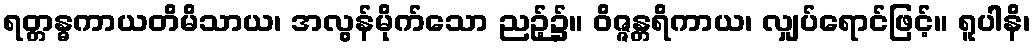
ရတ္တန္ဓကာယတိမိသာယ၊ အလွန်မိုက်သော ညဉ့်၌။ ဝိဇ္ဇန္တရိကာယ၊ လျှပ်ရောင်ဖြင့်။ ရူပါနိ၊